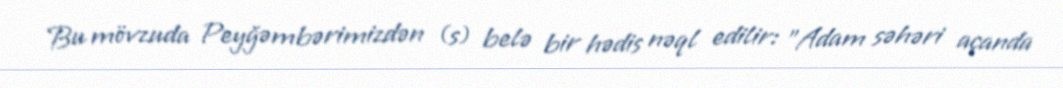
Bu mövzuda Peyğəmbərimizdən (s) belə bir hədis nəql edilir: "Adam səhəri açanda